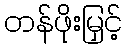
တန်ဖိုးမြှင့်